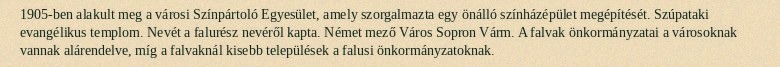
1905-ben alakult meg a városi Színpártoló Egyesület, amely szorgalmazta egy önálló színházépület megépítését. Szúpataki evangélikus templom. Nevét a falurész nevéről kapta. Német mező Város Sopron Várm. A falvak önkormányzatai a városoknak vannak alárendelve, míg a falvaknál kisebb települések a falusi önkormányzatoknak.